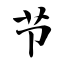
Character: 节